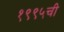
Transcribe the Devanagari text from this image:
१९९५ची